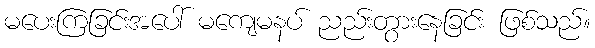
မပေးကြခြင်းအပေါ် မကျေမနပ် ညည်းတွားနေခြင်း ဖြစ်သည်။